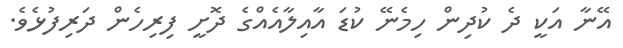
އޭނާ އަކީ ދެ ކުދިން ހިމެނޭ ކުޑަ އާއިލާއެއްގެ ދޮށީ ފިރިހެން ދަރިފުޅެވެ.